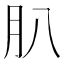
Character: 𦘩